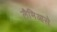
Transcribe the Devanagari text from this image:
लैमिआसे